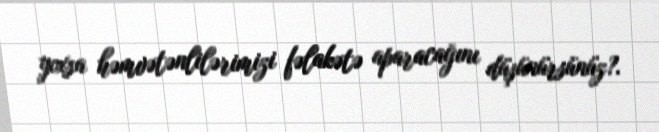
yoxsa həmvətənlilərimizi fəlakətə aparacağını düşünürsünüz?.